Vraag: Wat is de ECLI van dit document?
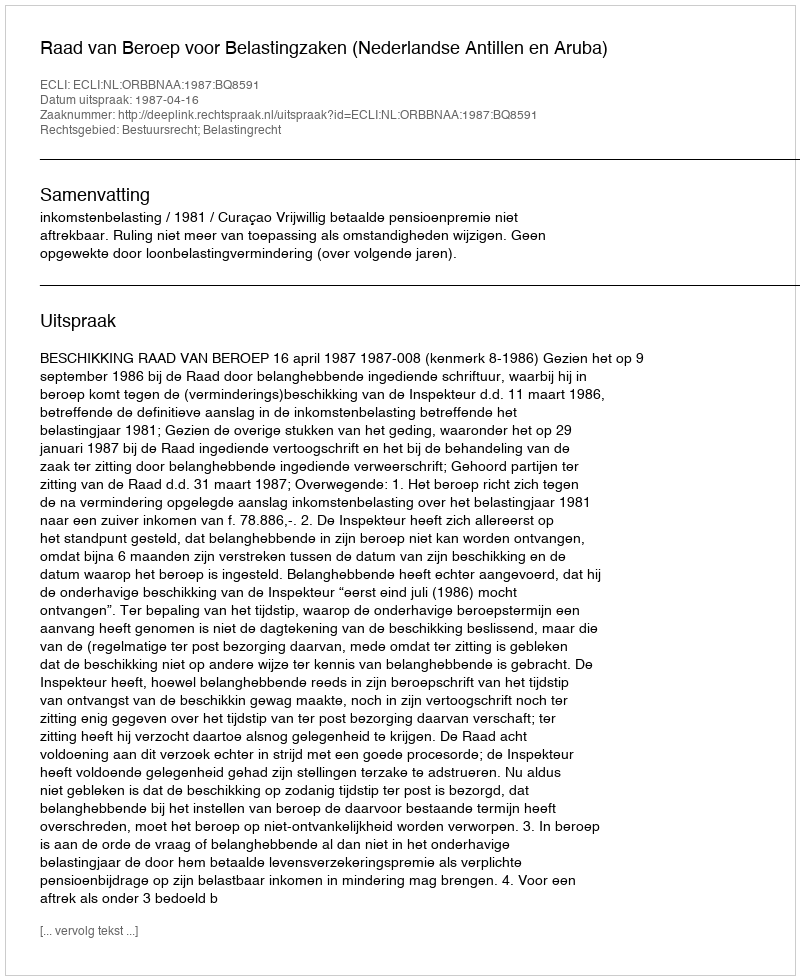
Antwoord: ECLI:NL:ORBBNAA:1987:BQ8591